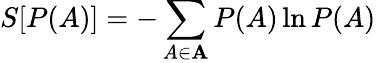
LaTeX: S[P(A)]=-\sum_{A\in\mathbf{A}}P(A)\ln P(A)